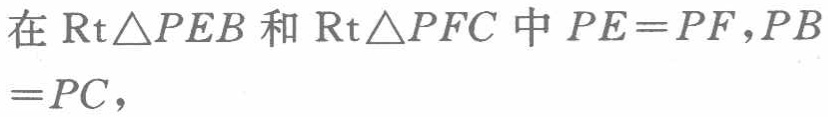
在$\text{Rt}\triangle PEB$和$\text{Rt}\triangle PFC$中$PE = PF,PB = PC,$